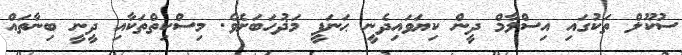
ސުކޫލް ތަކުގައި އިސްލާމް ދީން ކިޔަވައިދެނީ ޙަނަފީ މަޛުހަބަށެވެ. މިސްކިތްތަަކާއި ދީނީ ބިނާތައް